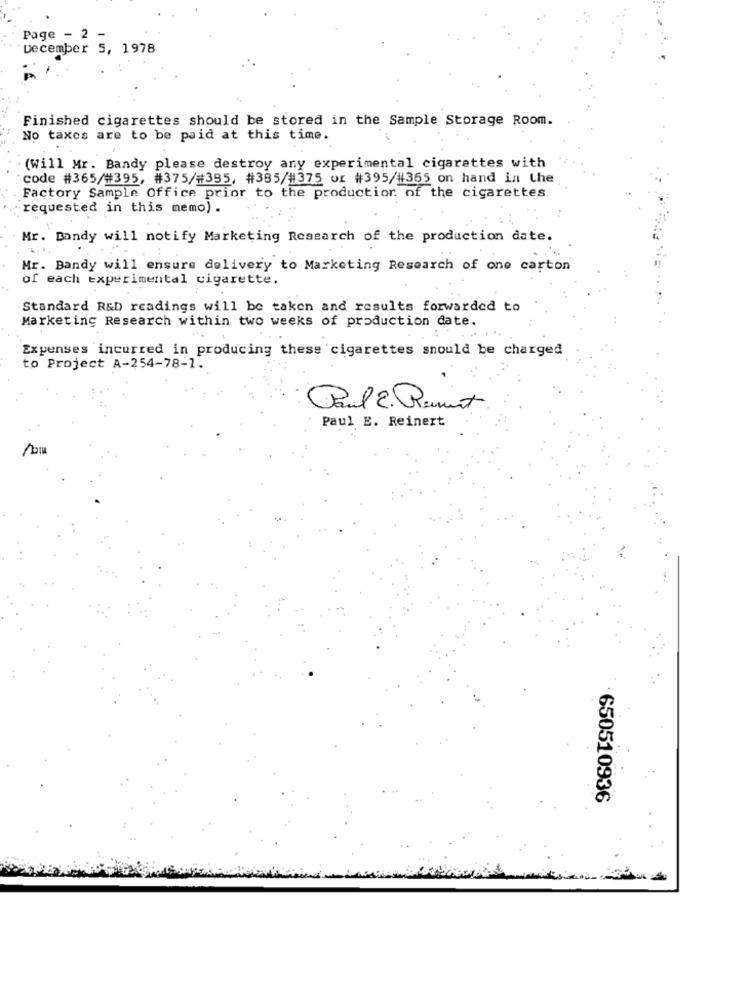
Page - 2
December 5, 1978
Finished cigarettes should be stored in the Sample Storage Room.
No taxes are to be paid at this time.
(Will Mr. Bandy please destroy any experimental cigarettes with
code #365/#395, #375/#395, #385/#375 Or #395/#365 on hand in the
Factory Sample Office prior to the production of the cigarettes.
requested in this memo) .
Mr. Bandy will notify Marketing Research of the production date.
Mr. Bandy will ensure delivery to Marketing Research of one carton
of each experimental cigarette.
Standard R&D readings will be taken and results forwarded to
Marketing Research within two weeks of production date.
Expenses incurred in producing these cigarettes should be charged
to Project A-254-78-1.
Paul 2. Runt
Paul E. Reinert
650510936